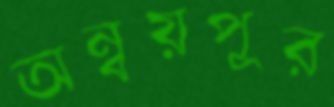
অন্বয়পুর